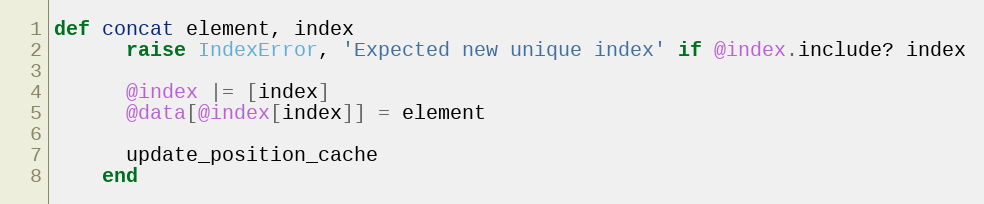
Language: Ruby
def concat element, index
      raise IndexError, 'Expected new unique index' if @index.include? index

      @index |= [index]
      @data[@index[index]] = element

      update_position_cache
    end